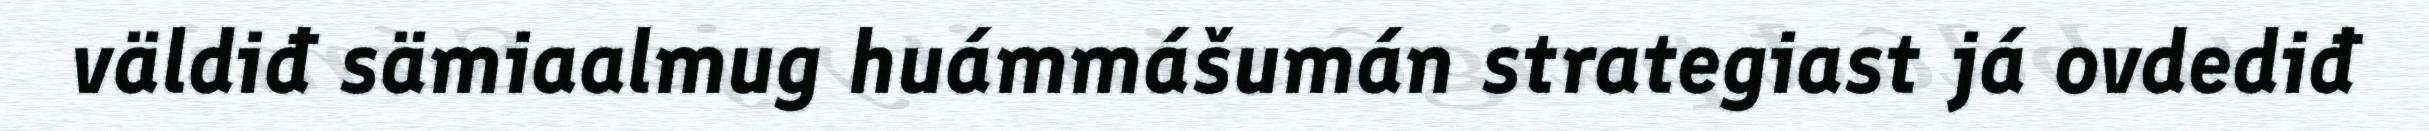
väldiđ sämiaalmug huámmášumán strategiast já ovdediđ